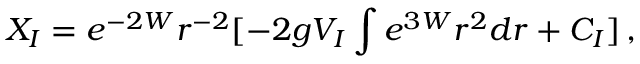
X _ { I } = e ^ { - 2 W } r ^ { - 2 } [ - 2 g V _ { I } \int e ^ { 3 W } r ^ { 2 } d r + C _ { I } ] \, ,